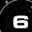
Digit: 6